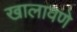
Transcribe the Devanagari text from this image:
खालावणे